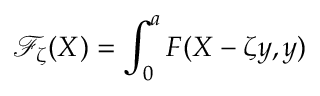
\mathcal { F } _ { \zeta } ( X ) = \int _ { 0 } ^ { a } { F ( X - \zeta y , y ) } \d y